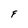
Character: F